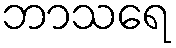
ဘာသရေ